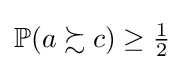
\mathbb {P} (a\succsim c)\geq {\tfrac {1}{2}}